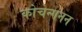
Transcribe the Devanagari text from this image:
कोचेन्गनन